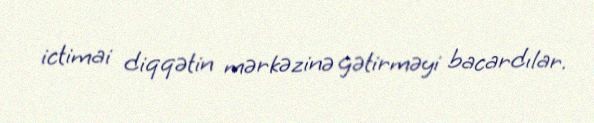
ictimai diqqətin mərkəzinə gətirməyi bacardılar.